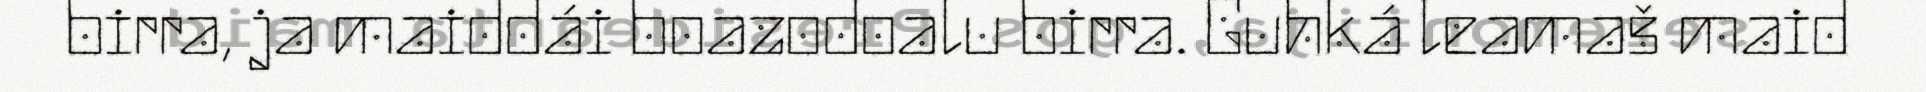
birra, ja maiddái boazodoalu birra. Guhká leamaš maid